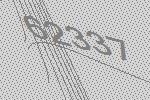
62337